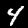
Digit: 4